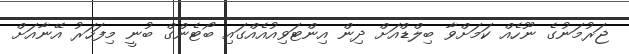
ޖަރުމަނުގެ ނޫހެއް ކަމަށްވާ ބިލްޑްއަށް ދިން އިންޓަވިއުއެއްގައި ބޯޓެންގް ބުނީ މިފަހަރު އޭނާއަށް